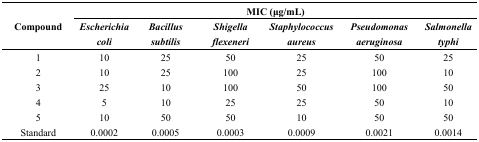
<table><thead><tr><td></td><td colspan="6"><b>MIC (μg/mL)</b></td></tr><tr><td><b>Compound</b></td><td><b><i>Escherichia coli</i></b></td><td><b><i>Bacillus subtilis</i></b></td><td><b><i>Shigella flexeneri</i></b></td><td><b><i>Staphylococcus aureus</i></b></td><td><b><i>Pseudomonas aeruginosa</i></b></td><td><b><i>Salmonella typhi</i></b></td></tr></thead><tbody><tr><td>1</td><td>10</td><td>25</td><td>50</td><td>25</td><td>50</td><td>25</td></tr><tr><td>2</td><td>10</td><td>25</td><td>100</td><td>25</td><td>100</td><td>10</td></tr><tr><td>3</td><td>25</td><td>10</td><td>100</td><td>50</td><td>100</td><td>50</td></tr><tr><td>4</td><td>5</td><td>10</td><td>25</td><td>25</td><td>50</td><td>10</td></tr><tr><td>5</td><td>10</td><td>50</td><td>50</td><td>10</td><td>50</td><td>50</td></tr><tr><td>Standard</td><td>0.0002</td><td>0.0005</td><td>0.0003</td><td>0.0009</td><td>0.0021</td><td>0.0014</td></tr></tbody></table>